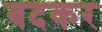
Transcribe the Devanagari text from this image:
बदकर